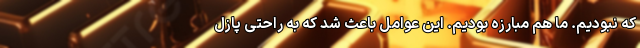
که نبودیم. ما هم مبارزه بودیم. این عوامل باعث شد که به راحتی پازل